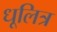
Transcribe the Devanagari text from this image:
धूलित्र